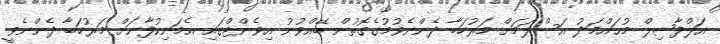
އަލްފާޟިލް މުޙައްމަދު އަސްލަމަށް މަރުހަބާ ދެންނެވުމުގެގޮތުން ބޭއްވުނު އިވެންޓްގައި އެމަނިކުފާނަށް މަރުހަބާ ދެންނެވީ